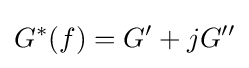
G^{*}(f)=G'+jG''